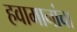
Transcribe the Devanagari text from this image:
हवामानांचा